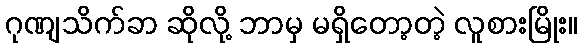
ဂုဏျသိက်ခာ ဆိုလို့ ဘာမှ မရှိတော့တဲ့ လူစားမြိုး။